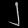
Digit: ၂